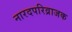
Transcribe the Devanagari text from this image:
नारदपरिव्राजक